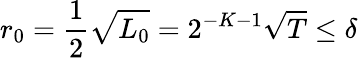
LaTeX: r_{0}=\frac 12\sqrt{L_{0}}=2^{-K-1}\sqrt T\le\delta